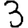
Digit: 3